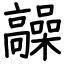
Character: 髞